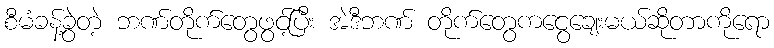
စီမံခန့်ခွဲတဲ့ ဘဏ်တိုက်တွေဖွင့်ပြီး အဲဒီဘဏ် တိုက်တွေကငွေချေးမယ်ဆိုတာကိုရော